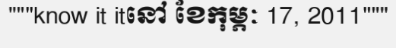
"""know it itនៅ ខែកុម្ភៈ 17, 2011"""